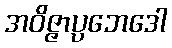
အဝိဇ္ဇာပ္ပဘေဒေါ